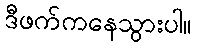
ဒီဖက်ကနေသွားပါ။